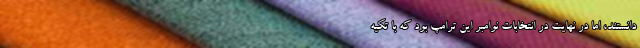
دانستند، اما در نهایت در انتخابات نوامبر این ترامپ بود که با تکیه